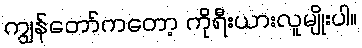
ကျွန်တော်ကတော့ ကိုရီးယားလူမျိုးပါ။